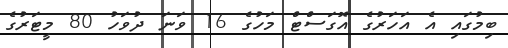
ބިމުގައި އެ އަހަރުގެ އޮގަސްޓް މަހުގެ 16 ވަނަ ދުވަހު 80 މީޓަރުގެ